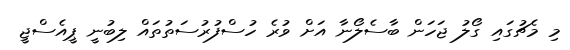
މި މެޗުގައި ގޯލު ޖަހަން ބާސެލޯނާ އަށް ވުރެ ހުސްފުރުސަތުތައް ލިބުނީ ޕީއެސްޖީ